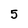
Character: 5